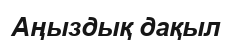
Аңыздық дақыл